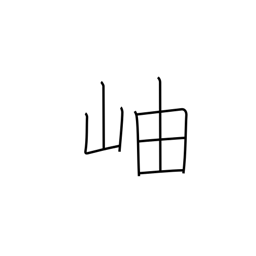
Meaning: gorge